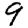
Digit: 9